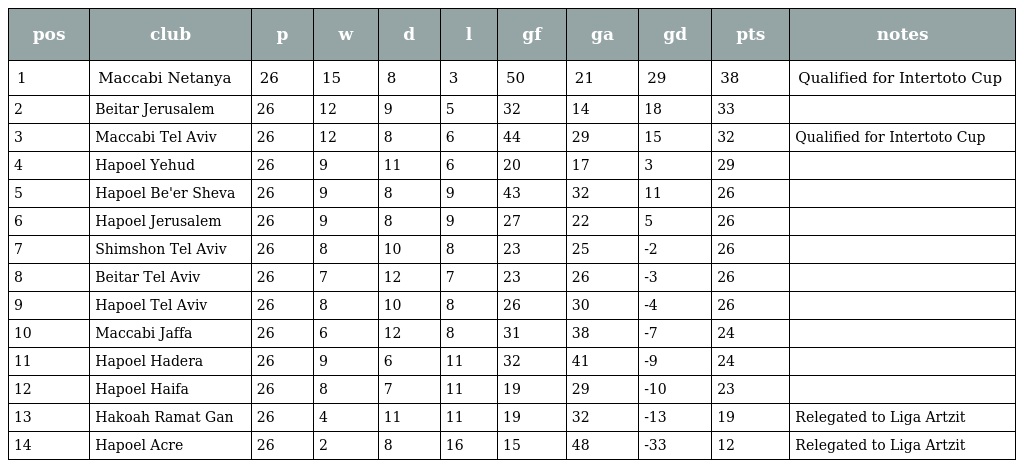
| pos | club | p | w | d | l | gf | ga | gd | pts | notes |
 | --- | --- | --- | --- | --- | --- | --- | --- | --- | --- | --- |
 | 1 | Maccabi Netanya | 26 | 15 | 8 | 3 | 50 | 21 | 29 | 38 | Qualified for Intertoto Cup |
 | 2 | Beitar Jerusalem | 26 | 12 | 9 | 5 | 32 | 14 | 18 | 33 |  |
 | 3 | Maccabi Tel Aviv | 26 | 12 | 8 | 6 | 44 | 29 | 15 | 32 | Qualified for Intertoto Cup |
 | 4 | Hapoel Yehud | 26 | 9 | 11 | 6 | 20 | 17 | 3 | 29 |  |
 | 5 | Hapoel Be'er Sheva | 26 | 9 | 8 | 9 | 43 | 32 | 11 | 26 |  |
 | 6 | Hapoel Jerusalem | 26 | 9 | 8 | 9 | 27 | 22 | 5 | 26 |  |
 | 7 | Shimshon Tel Aviv | 26 | 8 | 10 | 8 | 23 | 25 | -2 | 26 |  |
 | 8 | Beitar Tel Aviv | 26 | 7 | 12 | 7 | 23 | 26 | -3 | 26 |  |
 | 9 | Hapoel Tel Aviv | 26 | 8 | 10 | 8 | 26 | 30 | -4 | 26 |  |
 | 10 | Maccabi Jaffa | 26 | 6 | 12 | 8 | 31 | 38 | -7 | 24 |  |
 | 11 | Hapoel Hadera | 26 | 9 | 6 | 11 | 32 | 41 | -9 | 24 |  |
 | 12 | Hapoel Haifa | 26 | 8 | 7 | 11 | 19 | 29 | -10 | 23 |  |
 | 13 | Hakoah Ramat Gan | 26 | 4 | 11 | 11 | 19 | 32 | -13 | 19 | Relegated to Liga Artzit |
 | 14 | Hapoel Acre | 26 | 2 | 8 | 16 | 15 | 48 | -33 | 12 | Relegated to Liga Artzit |